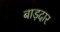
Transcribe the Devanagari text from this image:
बाड़दार